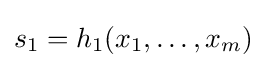
s_{1}=h_{1}(x_{1},\ldots ,x_{m})